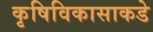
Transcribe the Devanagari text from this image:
कृषिविकासाकडे